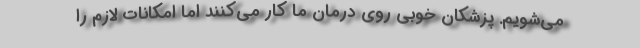
می‌شویم. پزشکان خوبی روی درمان ما کار می‌کنند اما امکانات لازم را